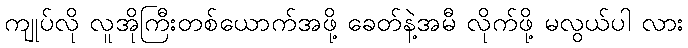
ကျုပ်လို လူအိုကြီးတစ်ယောက်အဖို့ ခေတ်နဲ့အမီ လိုက်ဖို့ မလွယ်ပါ လား